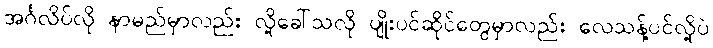
အင်္ဂလိပ်လို နာမည်မှာလည်း လို့ခေါ်သလို ပျိုးပင်ဆိုင်တွေမှာလည်း လေသန့်ပင်လို့ပဲ